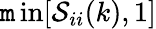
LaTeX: \operatorname*{\mathtt{m}in}[\mathcal{S}_{ii}(k),1]